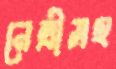
নেত্রীসহ